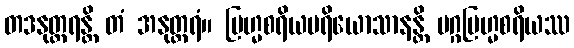
တဒနုတ္တရန္တိ တံ အနုတ္တရံ။ ဗြဟ္မစရိယပရိယောသာနန္တိ မဂ္ဂဗြဟ္မစရိယဿ